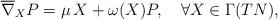
LaTeX: \begin{align*}\overline{\nabla}_X P=\mu \,X+\omega(X)P,\quad\forall X\in\Gamma(TN),\end{align*}